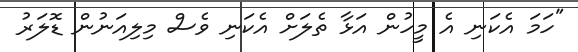
"ހަމަ އެކަނި އެ މީހުން އަޅާ ތެލަށް އެކަނި ވެސް މިލިއަނުން ޑޮލަރު